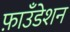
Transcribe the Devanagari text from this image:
फ़ाउँडेशन